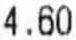
4.60